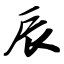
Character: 辰